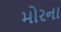
મોરના